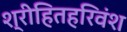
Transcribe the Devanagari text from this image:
श्रीहितहरिवंश